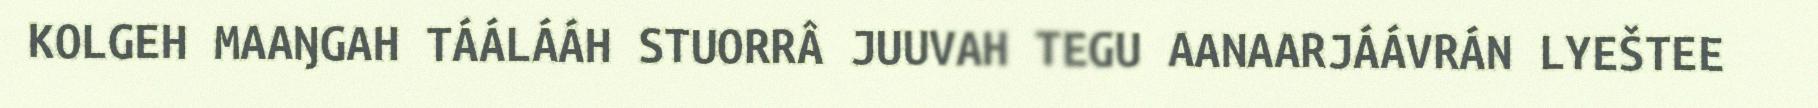
KOLGEH MAAŊGAH TÁÁLÁÁH STUORRÂ JUUVAH TEGU AANAARJÁÁVRÁN LYEŠTEE